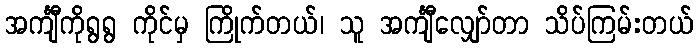
အင်္ကျီကိုရွရွ ကိုင်မှ ကြိုက်တယ်၊ သူ အင်္ကျီလျှော်တာ သိပ်ကြမ်းတယ်